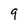
Character: 9